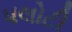
પલોટી